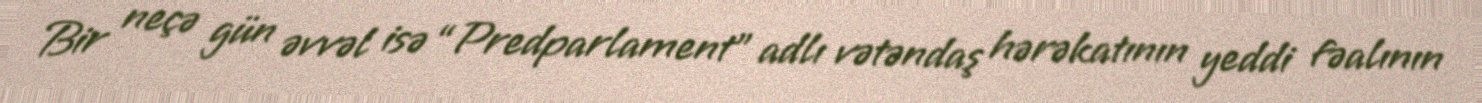
Bir neçə gün əvvəl isə “Predparlament” adlı vətəndaş hərəkatının yeddi fəalının